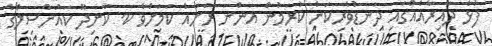
ފުޅާ ދާއިރާއެއްގައި ދަނޑުވެރިކަން ކުރަމުން އަންނަ ރަށެއް ކަމަށްވާ ކ. ކާށިދޫ ކައުންސިލްގެ